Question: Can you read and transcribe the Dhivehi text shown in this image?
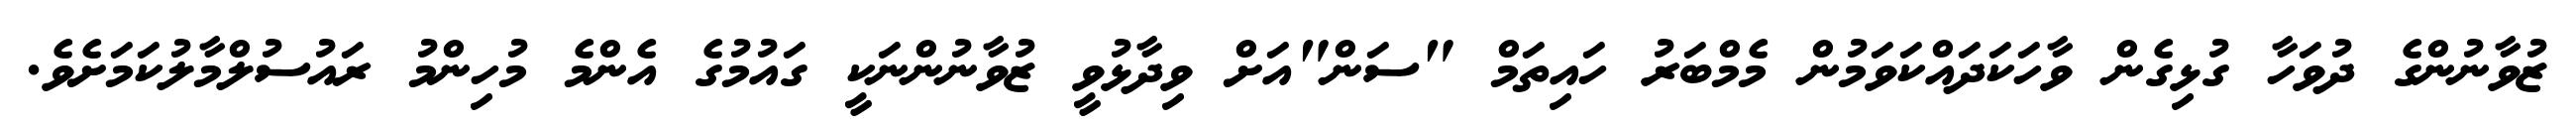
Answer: ޒުވާނުންގެ ދުވަހާ ގުޅިގެން ވާހަކަދައްކަވަމުން މެމްބަރު ހައިތަމް "ސަން"އަށް ވިދާޅުވީ ޒުވާނުންނަކީ ގައުމުގެ އެންމެ މުހިންމު ރައުސުލްމާލުކަމަށެވެ.